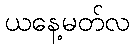
ယနေ့မတ်လ